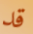
قد